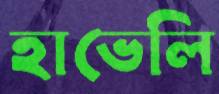
হাভেলি